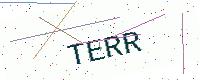
Text: TERR